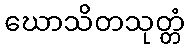
ဃောသိတသုတ္တံ